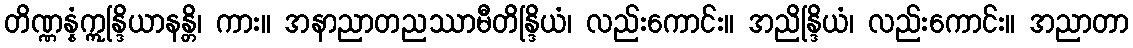
တိဏ္ဏန္နံဣန္ဒြိယာနန္တိ၊ ကား။ အနာညာတညဿာမီတိန္ဒြိယံ၊ လည်းကောင်း။ အညိန္ဒြိယံ၊ လည်းကောင်း။ အညာတာ